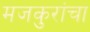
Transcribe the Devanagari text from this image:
मजकुरांचा